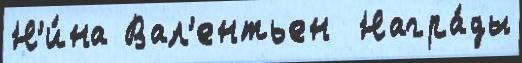
Н'и́на Вал'ентьен  Награ́ды